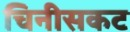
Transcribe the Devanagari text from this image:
चिनीसकट